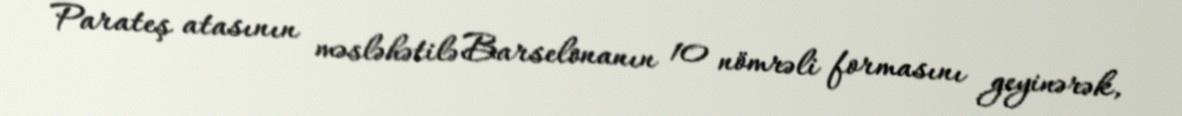
Parateş atasının məsləhətilə Barselonanın 10 nömrəli formasını geyinərək,